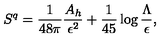
S ^ { q } = { \frac { 1 } { 4 8 \pi } } { \frac { A _ { h } } { \epsilon ^ { 2 } } } + { \frac { 1 } { 4 5 } } \log { \frac { \Lambda } { \epsilon } } ,